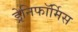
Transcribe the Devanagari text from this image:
ड्रेनिफॉर्मिस